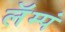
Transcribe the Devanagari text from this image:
लॅम्पं